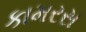
કામરસ